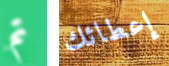
تم إعطائك